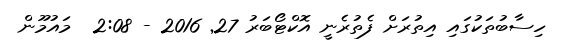
ހިސާބުތަކުގައި އިތުރަށް ފެތުރެނީ އޮކްޓޯބަރު 27